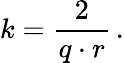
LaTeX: k=\frac{2}{q\cdot r}\, .